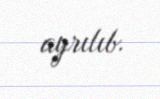
ayrılıb.